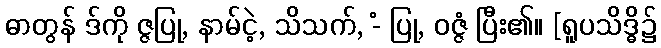
ဓာတွန် ဒ်ကို ဇ္ဇပြု, နာမ်ငဲ့, သိသက်, -ံ ပြု, ဝဇ္ဇံ ပြီး၏။ [ရူပသိဒ္ဓိ၌